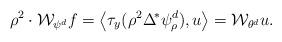
LaTeX: \begin{align*}\rho^2\cdot\mathcal W_{\psi^d}f=\left<\tau_y(\rho^2\Delta^{\!\ast}\psi_\rho^d),u\right>=\mathcal W_{\theta^d}u.\end{align*}